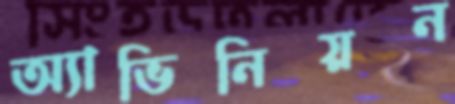
অ্যাভিনিয়ন